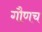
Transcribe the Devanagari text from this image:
गौणच